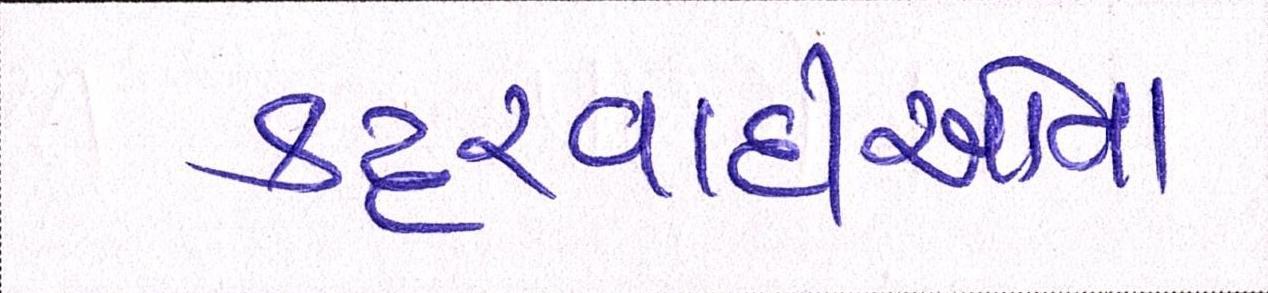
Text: કટ્ટરવાદીઓના